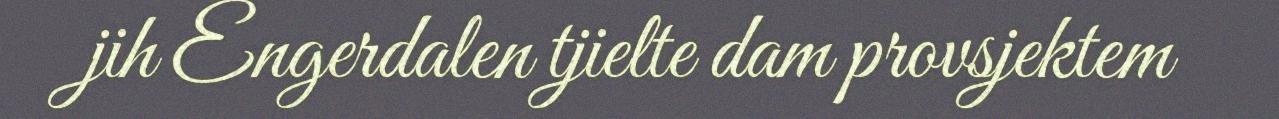
jih Engerdalen tjielte dam provsjektem